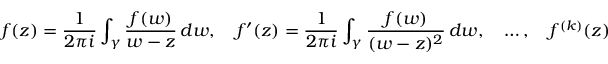
f ( z ) = { \frac { 1 } { 2 \pi i } } \int _ { \gamma } { \frac { f ( w ) } { w - z } } \, d w , \quad f ^ { \prime } ( z ) = { \frac { 1 } { 2 \pi i } } \int _ { \gamma } { \frac { f ( w ) } { ( w - z ) ^ { 2 } } } \, d w , \quad \ldots , \quad f ^ { ( k ) } ( z ) = { \frac { k ! } { 2 \pi i } } \int _ { \gamma } { \frac { f ( w ) } { ( w - z ) ^ { k + 1 } } } \, d w .